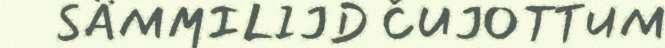
SÄMMILIJD ČUJOTTUM